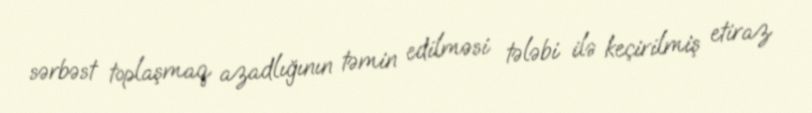
sərbəst toplaşmaq azadlığının təmin edilməsi tələbi ilə keçirilmiş etiraz